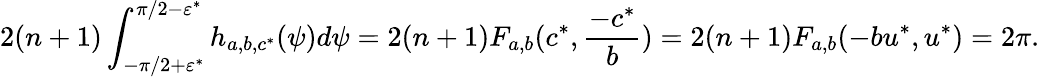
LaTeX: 2(n+1)\int_{-\pi/2+\varepsilon^{*}}^{\pi/2-\varepsilon^{*}}h_{a,b,c^{*}}(\psi)d\psi=2(n+1)F_{a,b}(c^{*},\frac{-c^{*}}{b})=2(n+1)F_{a,b}(-bu^{*},u^{*})=2\pi.